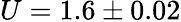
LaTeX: U=1.6\pm 0.02